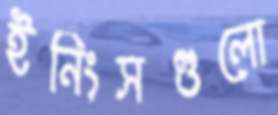
ইনিংসগুলো